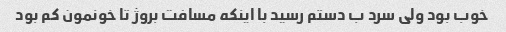
خوب بود ولی سرد ب دستم رسید با اینکه مسافت بروژ تا خونمون کم بود